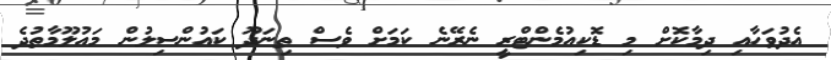
އެދުވަހާއި ދިމާކޮށް މި ޑޮކިއުމެންޓްރީ ނެރޭނެ ކަމަށް ވެސް ތިނަދޫ ކައުންސިލުން މައުލޫމާތުދެ